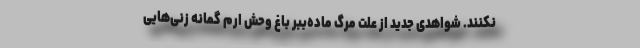
نکنند. شواهدی جدید از علت مرگ ماده‌ببر باغ وحش ارم گمانه زنی‌هایی